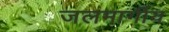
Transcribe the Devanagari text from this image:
जलमार्गीय